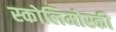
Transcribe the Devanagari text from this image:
स्कोलिमोस्की